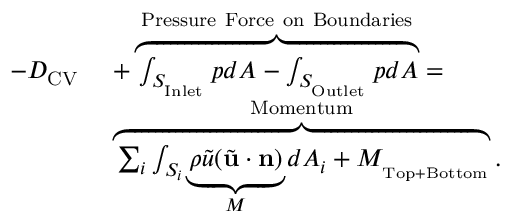
\begin{array} { r l } { - D _ { \mathrm { C V } } \ } & { + \overbrace { \int _ { S _ { _ \mathrm { I n l e t } } } p d A - \int _ { S _ { _ \mathrm { O u t l e t } } } p d A } ^ { \mathrm { P r e s s u r e \ F o r c e \ o n \ B o u n d a r i e s } } = } \\ & { \overbrace { \sum _ { i } \int _ { S _ { i } } \underbrace { \rho \tilde { u } ( \tilde { \mathbf { u } } \cdot \mathbf { n } ) } _ { M } d A _ { i } + { \cal M } _ { _ \mathrm { T o p + \mathrm { B o t t o m } } } } ^ { \mathrm { M o m e n t u m } } . } \end{array}